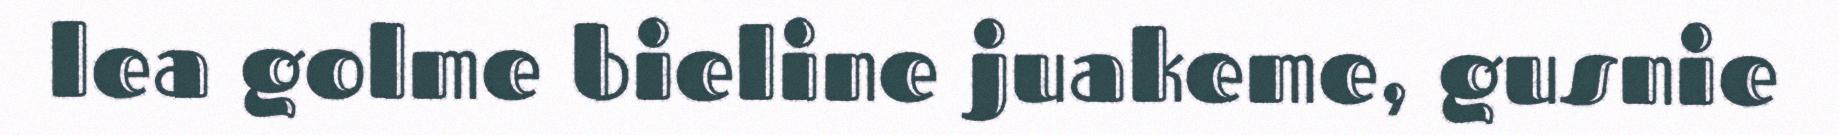
lea golme bieline juakeme, gusnie